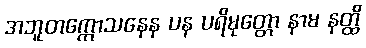
အဘူတက္ကောသနေန ပန ပရိမုတ္တော နာမ နတ္ထိ